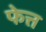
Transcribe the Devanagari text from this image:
फेत्त